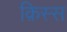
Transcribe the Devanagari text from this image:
क़िस्स